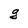
Character: g